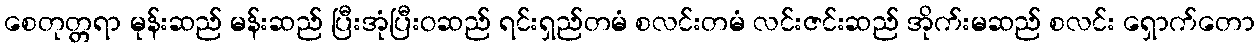
စေတုတ္တရာ မုန်းဆည် မန်းဆည် ပြီးအုံပြီးဝဆည် ရင်းရှည်တမံ စလင်းတမံ လင်းဇင်းဆည် အိုက်းမဆည် စလင်း ရှောက်တော